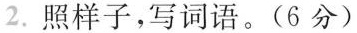
2.照样子，写词语。(6分)